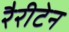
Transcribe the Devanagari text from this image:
रैरीटेन